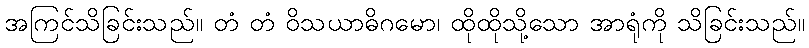
အကြင်သိခြင်းသည်။ တံ တံ ဝိသယာဓိဂမော၊ ထိုထိုသို့သော အာရုံကို သိခြင်းသည်။